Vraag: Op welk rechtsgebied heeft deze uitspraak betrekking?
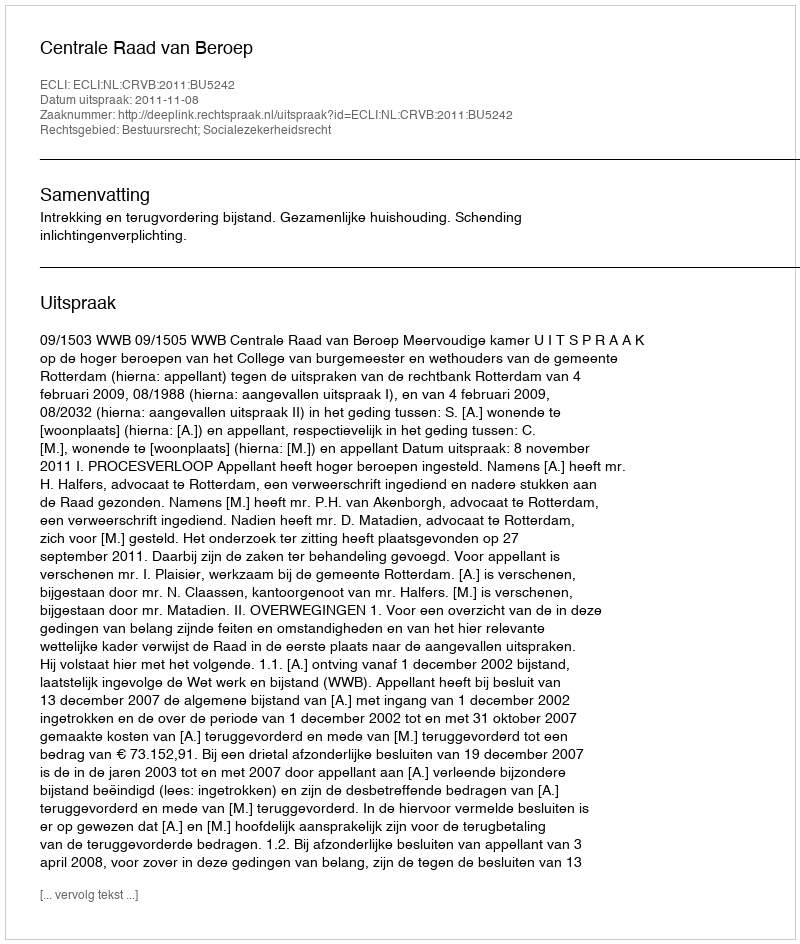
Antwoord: Bestuursrecht; Socialezekerheidsrecht